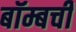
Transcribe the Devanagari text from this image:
बॉम्बची